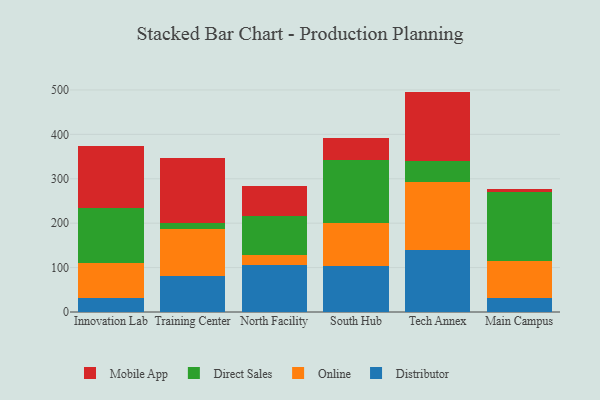
{"axis": {"x": "Campus", "y": "Page Views"}, "legend": ["Direct Sales", "Distributor", "Mobile App", "Online"], "data": [{"x": "Innovation Lab", "y": 32.3, "type": "Distributor"}, {"x": "Innovation Lab", "y": 79.1, "type": "Online"}, {"x": "Innovation Lab", "y": 123.0, "type": "Direct Sales"}, {"x": "Innovation Lab", "y": 138.6, "type": "Mobile App"}, {"x": "Training Center", "y": 80.6, "type": "Distributor"}, {"x": "Training Center", "y": 105.6, "type": "Online"}, {"x": "Training Center", "y": 14.3, "type": "Direct Sales"}, {"x": "Training Center", "y": 147.1, "type": "Mobile App"}, {"x": "North Facility", "y": 105.9, "type": "Distributor"}, {"x": "North Facility", "y": 22.8, "type": "Online"}, {"x": "North Facility", "y": 86.4, "type": "Direct Sales"}, {"x": "North Facility", "y": 67.9, "type": "Mobile App"}, {"x": "South Hub", "y": 103.7, "type": "Distributor"}, {"x": "South Hub", "y": 96.9, "type": "Online"}, {"x": "South Hub", "y": 141.3, "type": "Direct Sales"}, {"x": "South Hub", "y": 50.1, "type": "Mobile App"}, {"x": "Tech Annex", "y": 139.4, "type": "Distributor"}, {"x": "Tech Annex", "y": 154.0, "type": "Online"}, {"x": "Tech Annex", "y": 47.4, "type": "Direct Sales"}, {"x": "Tech Annex", "y": 155.5, "type": "Mobile App"}, {"x": "Main Campus", "y": 30.8, "type": "Distributor"}, {"x": "Main Campus", "y": 83.3, "type": "Online"}, {"x": "Main Campus", "y": 156.5, "type": "Direct Sales"}, {"x": "Main Campus", "y": 7.3, "type": "Mobile App"}]}